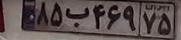
۸۵ب۴۶۹۷۵